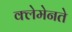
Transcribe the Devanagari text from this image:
क्लेमेनते